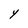
Character: Y